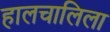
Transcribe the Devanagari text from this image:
हालचालिला